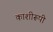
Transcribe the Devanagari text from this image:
काशीरूपी